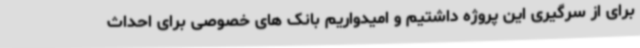
برای از سرگیری این پروژه داشتیم و امیدواریم بانک های خصوصی برای احداث